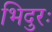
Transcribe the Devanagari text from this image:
भिदुरः